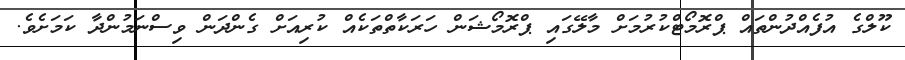
ކޫލްގެ އުފެއްދުންތައް ޕްރޮމޯޓްކުރުމަށް މާލޭގައި ޕްރޮމޯޝަން ހަރަކާތްތަކެއް ކުރިއަށް ގެންދަން ވިސްނަމުންދާ ކަމަށެވެ.